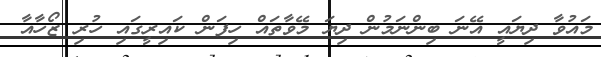
މައުވާ ދިޔައީ އޭނަ ބިންނަމުން ދިޔަ މޭވާތައް ހިފަން ކައިރީގައި ހުރި ޒޯހާއާ